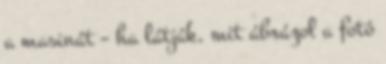
a masinát – ha látják, mit ábrázol a fotó